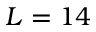
L = 1 4